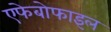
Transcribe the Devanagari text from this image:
एफेबोफाइल